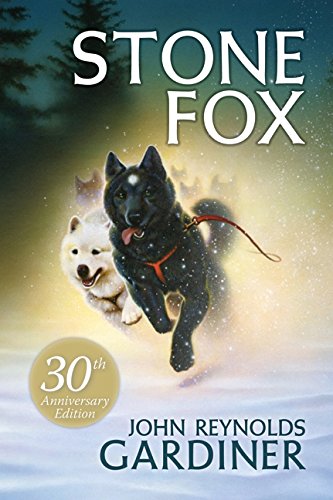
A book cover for Stone Fox; John Reynolds Gardiner; Children's Books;